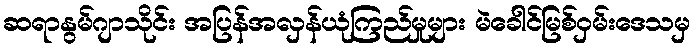
ဆရာနွမ်ဂျာသိုင်း အပြန်အလှန်ယုံကြည်မှုများ မဲခေါင်မြစ်ဝှမ်းဒေသမှ